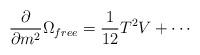
LaTeX: \begin{align*}\frac{\partial}{\partial m^2}\Omega_{free}=\frac{1}{12}T^2V+\cdots \end{align*}